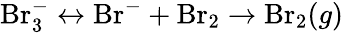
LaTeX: \mathrm{Br}_{3}^{-}\leftrightarrow\mathrm{Br}^{-}+\mathrm{Br}_{2}\rightarrow\mathrm{Br}_{2}(g)